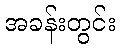
အခန်းတွင်း